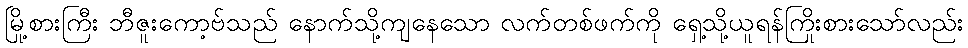
မြို့စားကြီး ဘီဇူးကော့ဗ်သည် နောက်သို့ကျနေသော လက်တစ်ဖက်ကို ရှေ့သို့ယူရန်ကြိုးစားသော်လည်း